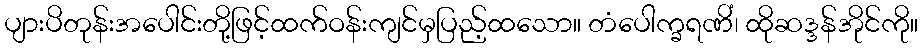
ပျားပိတုန်းအပေါင်းတို့ဖြင့်ထက်ဝန်းကျင်မှပြည့်ထသော။ တံပေါက္ခရဏိံ၊ ထိုဆဒ္ဒန်အိုင်ကို။